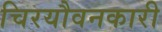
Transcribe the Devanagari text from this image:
चिरयौवनकारी